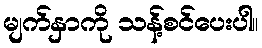
မျက်နှာကို သန့်စင်ပေးပါ။